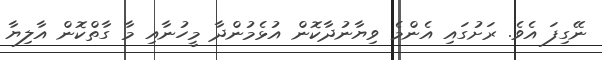
ނޭގިފަ އެވެ. ރަށުގައި އެންމެ ވިޔާނުދާކޮން އުޅެމުންދާ މީހުނާއި މާ ގާތްކޮން އާލިޔާ